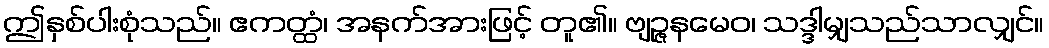
ဤနှစ်ပါးစုံသည်။ ဧကတ္ထံ၊ အနက်အားဖြင့် တူ၏။ ဗျဉ္ဇနမေဝ၊ သဒ္ဒါမျှသည်သာလျှင်။